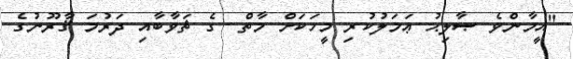
"އީމާންވެ ޞާލިޙު ޢަމަލުކުރި މީހަކަށް މާތް  ގެ ޘަވާބާއި ދަރުމަ ޤާރޫނުގެ